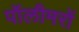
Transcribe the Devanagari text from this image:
पॉलीमरों